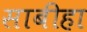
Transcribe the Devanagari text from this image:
साबीहा